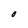
Character: O